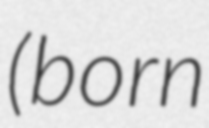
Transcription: (born